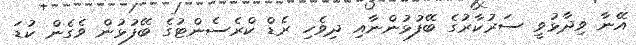
އޭނާ ވިދާޅުވީ ސަރުކާރުގެ ބޭފުޅުންނާއި ދިވެހި ރެޑް ކްރެސެންޓުގެ ބޭފުޅުން ވެގެން ކުޑަ